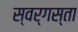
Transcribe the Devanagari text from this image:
स्वर्गस्ता